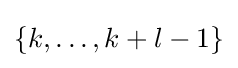
{\textstyle \{k,\dots ,k+l-1\}}